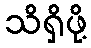
သိရှိဖို့